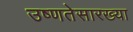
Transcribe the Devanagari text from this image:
उष्णतेसारख्या